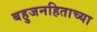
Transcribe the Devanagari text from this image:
बहुजनहिताच्या